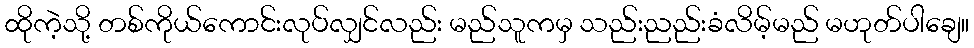
ထိုကဲ့သို့ တစ်ကိုယ်ကောင်းလုပ်လျှင်လည်း မည်သူကမှ သည်းညည်းခံလိမ့်မည် မဟုတ်ပါချေ။